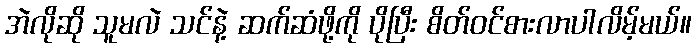
အဲလိုဆို သူမလဲ သင်နဲ့ ဆက်ဆံဖို့ကို ပိုပြီး စိတ်ဝင်စားလာပါလိမ့်မယ်။